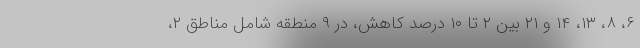
۶، ۸، ۱۳، ۱۴ و ۲۱ بین ۲ تا ۱۰ درصد کاهش، در ۹ منطقه شامل مناطق ۲،